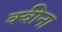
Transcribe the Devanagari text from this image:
क्वीना